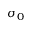
\sigma _ { 0 }